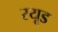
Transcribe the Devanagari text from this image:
रयूड